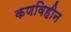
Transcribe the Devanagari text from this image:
कणविहीन